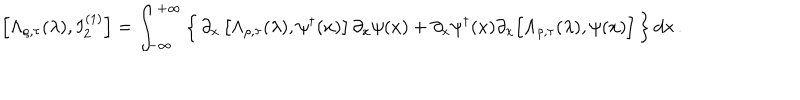
\left[ \Lambda _ { \rho , \tau } ( \lambda ) , I _ { 2 } ^ { ( 1 ) } \right] = \int _ { - \infty } ^ { + \infty } \left\{ \, \partial _ { x } \left[ \Lambda _ { \rho , \tau } ( \lambda ) , \psi ^ { \dagger } ( x ) \right] \partial _ { x } \psi ( x ) + \partial _ { x } \psi ^ { \dagger } ( x ) \partial _ { x } \Big [ \Lambda _ { \rho , \tau } ( \lambda ) , \psi ( x ) \Big ] \, \right\} d x \, .